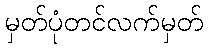
မှတ်ပုံတင်လက်မှတ်